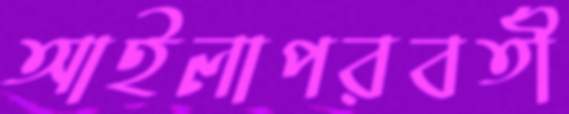
আইলাপরবর্তী